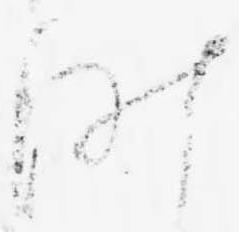
昨